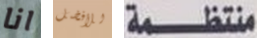
انا للأفضل منتظمة